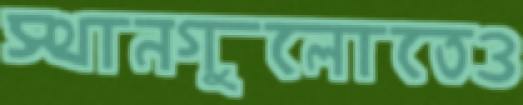
স্থানগুলোতেও